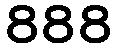
888